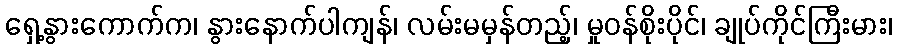
ရှေ့နွားကောက်က၊ နွားနောက်ပါကျန်၊ လမ်းမမှန်တည့်၊ မှုဝန်စိုးပိုင်၊ ချုပ်ကိုင်ကြီးမား၊